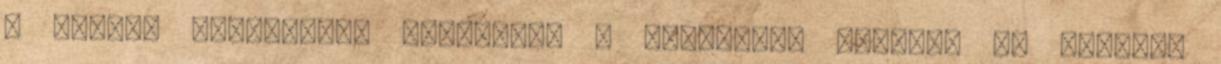
A szálak Ausztriába vezettek, s kiderült: valóban az admonti